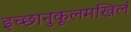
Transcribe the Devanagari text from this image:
इच्छानुकूलमखिलं